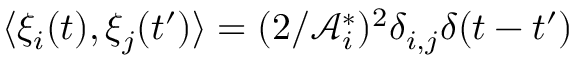
\langle \xi _ { i } ( t ) , \xi _ { j } ( t ^ { \prime } ) \rangle = ( 2 / \mathcal { A } _ { i } ^ { * } ) ^ { 2 } \delta _ { i , j } \delta ( t - t ^ { \prime } )